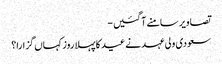
تصاویر سامنے آگئیں -
سعودی ولی عہد نے عید کا پہلا روز کہاں گزارا؟